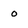
Character: O